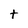
Character: t